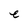
Character: e